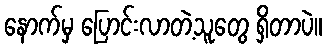
နောက်မှ ပြောင်းလာတဲ့သူတွေ ရှိတာပဲ။